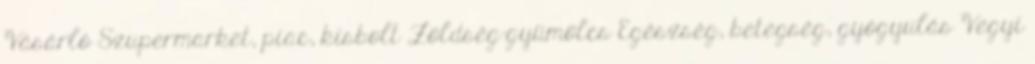
Vásárló Szupermarket, piac, kisbolt Zöldség-gyümölcs Egészség, betegség, gyógyulás Vegyi